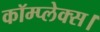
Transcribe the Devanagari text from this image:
कॉम्प्लेक्स।